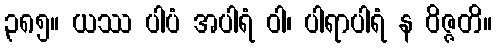
၃၈၅။ ယဿ ပါပံ အပါရံ ဝါ၊ ပါရာပါရံ န ဝိဇ္ဇတိ။